Report of an investigation of the epidemic of malarial fever in Assam, or, kala-azar
Disease focus: Malaria
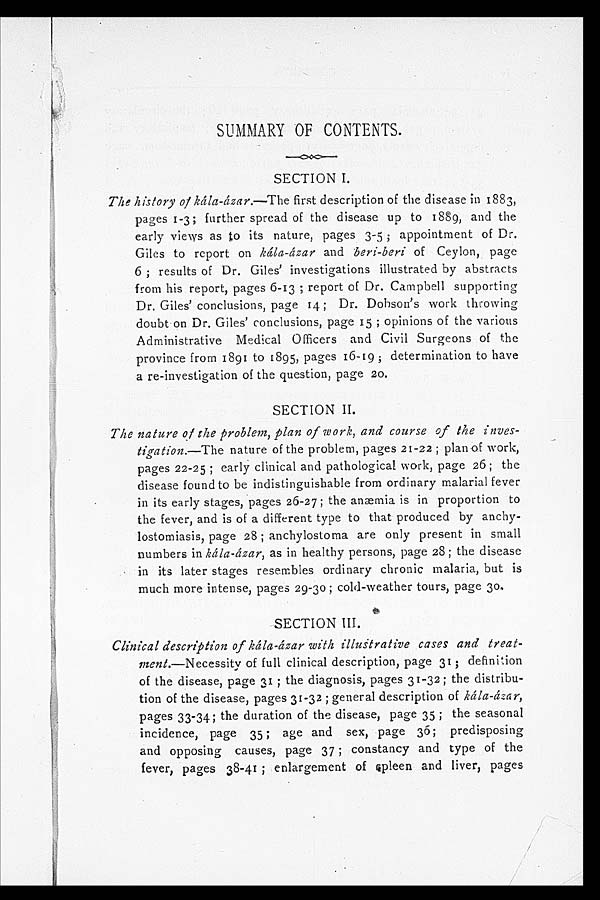
SUMMARY OF CONTENTS.
SECTION I.
The history of kála-ázar.—The first description of the disease in 1883,
pages 1-3; further spread of the disease up to 1889, and the
early views as to its nature, pages 3-5 ; appointment of Dr.
Giles to report on kála-ázar and beri-beri of Ceylon, page
6 ; results of Dr. Giles' investigations illustrated by abstracts
from his report, pages 6-13 ; report of Dr. Campbell supporting
Dr. Giles' conclusions, page 14 ; Dr. Dobson's work throwing
doubt on Dr. Giles' conclusions, page 15 ; opinions of the various
Administrative Medical Officers and Civil Surgeons of the
province from 1891 to 1895, pages 16-19 ; determination to have
a re-investigation of the question, page 20.
SECTION II.
The nature of the problem, plan of work, and course of the inves-
tigation.—The nature of the problem, pages 21-22 ; plan of work,
pages 22-25 ; early clinical and pathological work, page 26; the
disease found to be indistinguishable from ordinary malarial fever
in its early stages, pages 26-27; the anæmia is in proportion to
the fever, and is of a different type to that produced by anchy-
lostomiasis, page 28 ; anchylostoma are only present in small
numbers in kála-ázar, as in healthy persons, page 28; the disease
in its later stages resembles ordinary chronic malaria, but is
much more intense, pages 29-30 ; cold-weather tours, page 30.
SECTION III.
Clinical description of kála-ázar with illustrative cases and treat-
ment.—Necessity of full clinical description, page 31; definition
of the disease, page 31 ; the diagnosis, pages 31-32; the distribu-
tion of the disease, pages 31-32 ; general description of kála-ázar,
pages 33-34; the duration of the disease, page 35 ; the seasonal
incidence, page 35 ; age and sex, page 36; predisposing
and opposing causes, page 37 ; constancy and type of the
fever, pages 38-41 ; enlargement of spleen and liver, pages